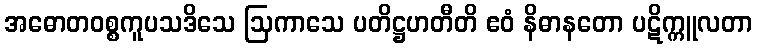
အဓောတဝစ္စကူပသဒိသေ ဩကာသေ ပတိဋ္ဌဟတီတိ ဧဝံ နိဓာနတော ပဋိက္ကူလတာ